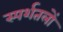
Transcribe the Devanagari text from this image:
स्पर्शतलों